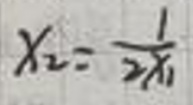
\[x_{2}=\frac{1}{2x_{1}}\]